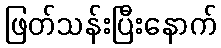
ဖြတ်သန်းပြီးနောက်